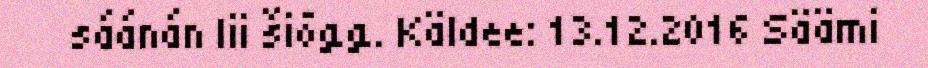
sáánán lii šiõǥǥ. Käldee: 13.12.2016 Säämi